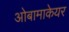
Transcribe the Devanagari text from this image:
ओबामाकेयर